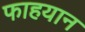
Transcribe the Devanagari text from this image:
फाहयान